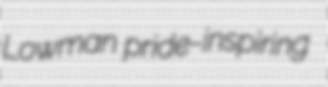
Lowman pride-inspiring